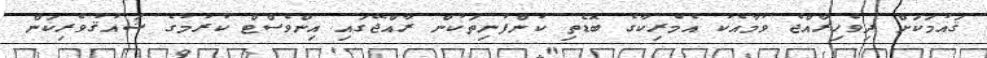
ޤައުމަކަށް ދިވެހިރާއްޖެ ވުމާއެކު އެމެރިކާގެ ބޮޑެތި ކުންފުނިތަކުން ރާއްޖޭގައި އިންވެސްޓް ކުރުމުގެ ޝައުޤުވެރިކަން